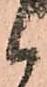
候